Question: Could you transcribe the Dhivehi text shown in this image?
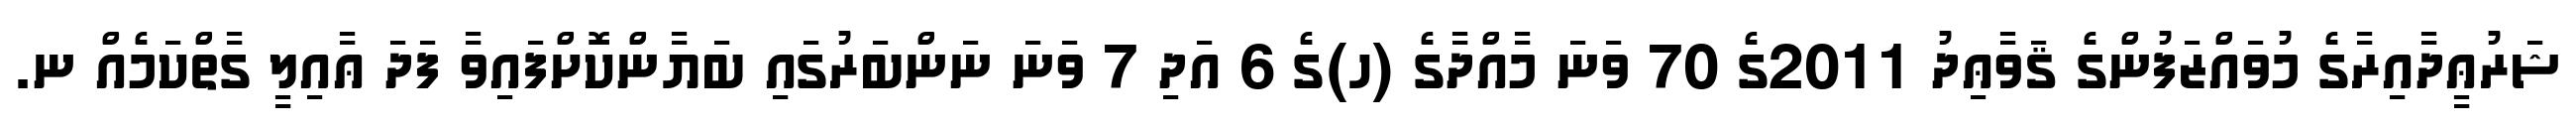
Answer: ޝަރުޢީދާއިރާގެ މުވައްޒަފުންގެ ޤަވާޢިދު 2011ގެ 70 ވަނަ މާއްދާގެ (ހ)ގެ 6 އަދި 7 ވަނަ ނަންބަރުގައި ބަޔާންކޮށްފައިވާ ފަދަ ޢާއިލީ ގާތްކަމެއް ނ.